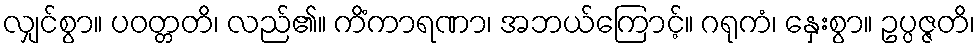
လျှင်စွာ။ ပဝတ္တတိ၊ လည်၏။ ကိံကာရဏာ၊ အဘယ်ကြောင့်။ ဂရုကံ၊ နှေးစွာ။ ဥပ္ပဇ္ဇတိ၊